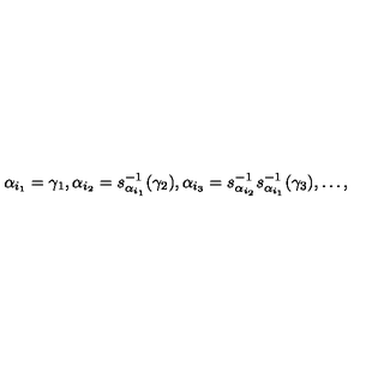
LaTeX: \alpha _ { i _ { 1 } } = \gamma _ { 1 } , \alpha _ { i _ { 2 } } = s _ { \alpha _ { i _ { 1 } } } ^ { - 1 } ( \gamma _ { 2 } ) , \alpha _ { i _ { 3 } } = s _ { \alpha _ { i _ { 2 } } } ^ { - 1 } s _ { \alpha _ { i _ { 1 } } } ^ { - 1 } ( \gamma _ { 3 } ) , \ldots ,